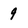
Character: 9